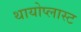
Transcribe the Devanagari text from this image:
थायोप्लास्ट